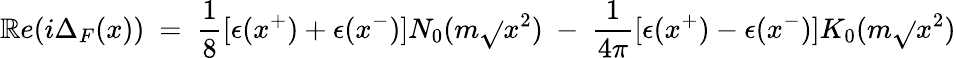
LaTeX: \mathbb{R}e(i\Delta_{F}(x))~=~{\frac{{1}}{{8}}}[\epsilon(x^{+})+\epsilon(x^{-})]N_{0}(m\sqrt{}{{x^{2}}})~-~{\frac{{1}}{{4\pi}}}[\epsilon(x^{+})-\epsilon(x^{-})]K_{0}(m\sqrt{}{{x^{2}}})